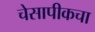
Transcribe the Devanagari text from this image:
चेसापीकचा